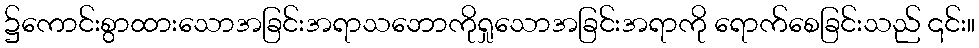
၌ကောင်းစွာထားသောအခြင်းအရာသဘောကိုရှုသောအခြင်းအရာကို ရောက်စေခြင်းသည် ၎င်း။